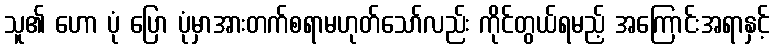
သူ၏ ဟော ပုံ ပြော ပုံမှာအားတက်စရာမဟုတ်သော်လည်း ကိုင်တွယ်ရမည့် အကြောင်းအရာနှင့်